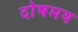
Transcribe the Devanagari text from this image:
दोषमय